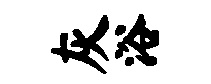
灰浴